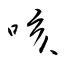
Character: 咳